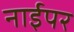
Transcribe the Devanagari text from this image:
नाईपर